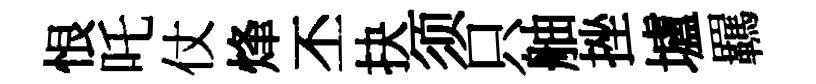
恨吒仗烽丕抉须只舳挫壚羈